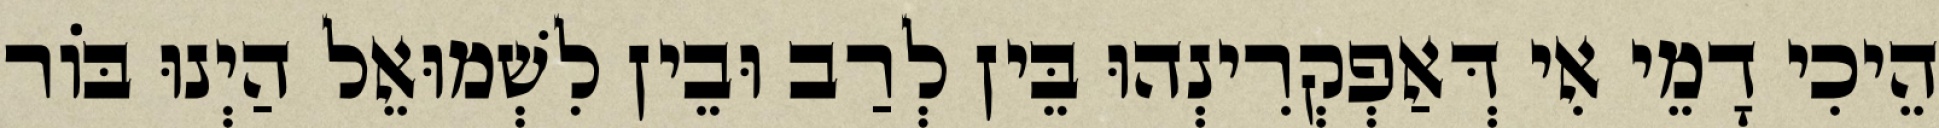
הֵיכִי דָמֵי אִי דְּאַפְקְרִינְהוּ בֵּין לְרַב וּבֵין לִשְׁמוּאֵל הַיְנוּ בּוֹר